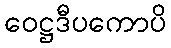
ဝေဋ္ဌဒီပကောပိ